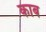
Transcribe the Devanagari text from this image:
काब